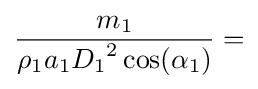
{\frac {m_{1}}{\rho _{1}a_{1}{D_{1}}^{2}\cos(\alpha _{1})}}=